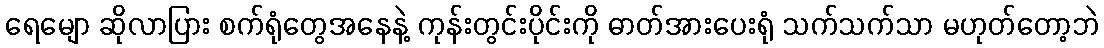
ရေမျော ဆိုလာပြား စက်ရုံတွေအနေနဲ့ ကုန်းတွင်းပိုင်းကို ဓာတ်အားပေးရုံ သက်သက်သာ မဟုတ်တော့ဘဲ